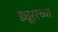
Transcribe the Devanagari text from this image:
ड्यूररच्या